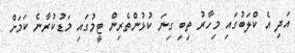
އަދި އެ ކްލަބުގައި މިހާރު ތިބި ގިނަ ކުޅުންތެރިން ޓީމުގައި މަޑުކުރާނެ ކަމަށް